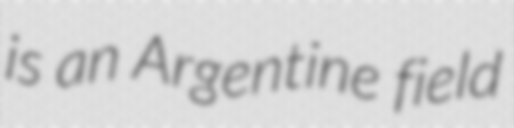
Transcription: is an Argentine field